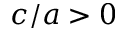
c / a > 0